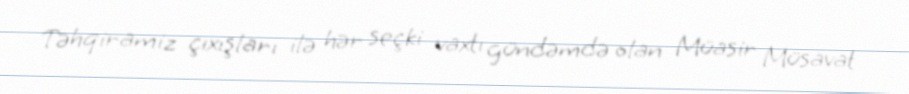
Təhqiramiz çıxışları ilə hər seçki vaxtı gündəmdə olan Müasir Müsavat